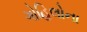
ગોહિલોના